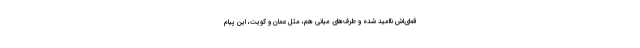
قه‌ای‌اش ناامید شده و طرف‌های میانی هم، مثل عمان و کویت، این پیام